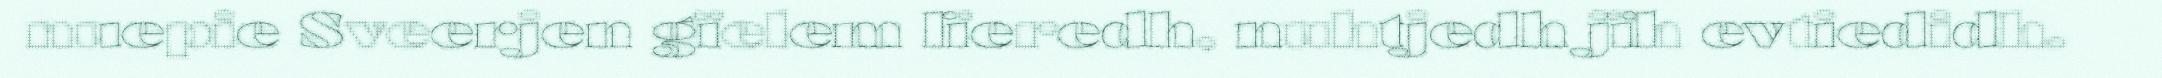
nuepie Sveerjen gïelem lïeredh, nuhtjedh jïh evtiedidh.